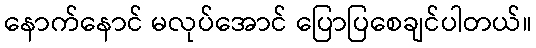
နောက်နောင် မလုပ်အောင် ပြောပြစေချင်ပါတယ်။